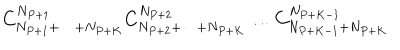
C _ { N _ { P + 1 } + \dots + N _ { P + K } } ^ { N _ { P + 1 } } C _ { N _ { P + 2 } + \dots + N _ { P + K } } ^ { N _ { P + 2 } } \dots C _ { N _ { P + K - 1 } + N _ { P + K } } ^ { N _ { P + K - 1 } }